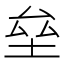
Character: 垒